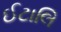
ઈટાલિ